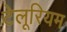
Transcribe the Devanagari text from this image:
टेलूरियम